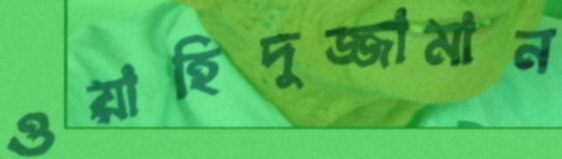
ওয়াহিদুজ্জামান